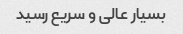
بسیار عالی و سریع رسید